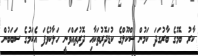
ކާރު ބޮމުގެ ބާރުގަދަ ކަމުން ސްކޫލްގެ ކުޑަދޮރުތަކާއި ދޮރުތައްވަނީ ހަލާކުވެފަ އެކަމުގެ ސަބަބުން